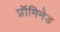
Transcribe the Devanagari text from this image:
प्रॉमिनेड